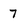
Character: 7